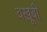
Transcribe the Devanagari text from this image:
वखूबी